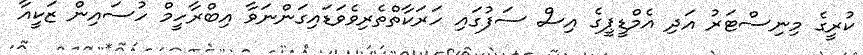
ކުރީގެ މިނިސްޓަރު އަދި އެމްޑީޕީގެ އިސް ސަފުގައި ހަރަކާތްތެރިވެވަޑައިގަންނަވާ އިބްރާހީމް ހުސައިން ޒަކީއާ